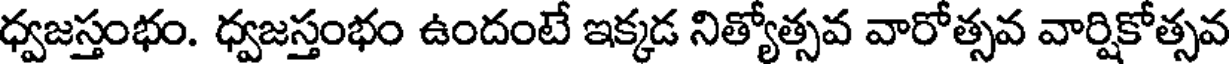
ధ్వజస్తంభం. ధ్వజస్తంభం ఉందంటే ఇక్కడ నిత్యోత్సవ వారోత్సవ వార్షికోత్సవ